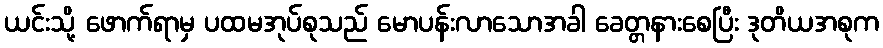
ယင်းသို့ ဖောက်ရာမှ ပထမအုပ်စုသည် မောပန်းလာသောအခါ ခေတ္တနားစေပြီး ဒုတိယအစုက